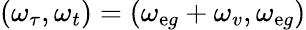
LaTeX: (\omega_{\tau},\omega_{t})=(\omega_{\mathrm{e}g}+\omega_{v},\omega_{\mathrm{e}g})